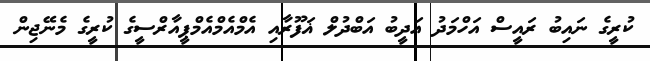
ކުރީގެ ނައިބު ރައީސް އަހްމަދު އަދީބު އަބްދުލް ޣަފޫރާއި އެމްއެމްއެމްޕީއާރްސީގެ ކުރީގެ މެނޭޖިން